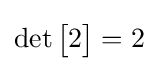
\det {\begin{bmatrix}2\end{bmatrix}}=2